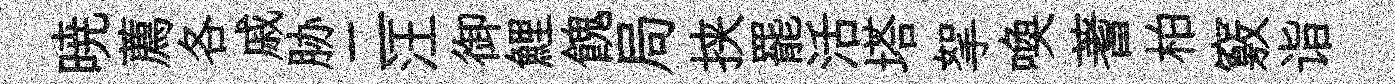
暁薦各戚胁二汪御鯉餽局挟罷活塔挐喚蓍柏竅诣